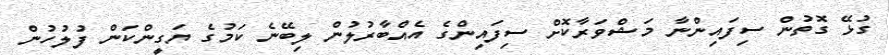
ގުޅޭ ގޮތުން ސިފައިންނާ މަޝްވަރާކޮށް ސިފައިންގެ އެއްބާރުލުން ލިބޭނެ ކަމުގެ ޔަގީންކަން ފުލުހުން